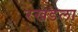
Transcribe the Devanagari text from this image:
रखडला